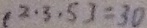
( 2 , 3 , 5 ) = 3 0